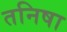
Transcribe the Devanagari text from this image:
तनिषा